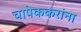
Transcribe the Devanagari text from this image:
चापेककरांना